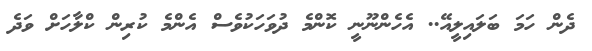
ދެން ހަމަ ބަލައިލީއޭ.. އެހެންނޫނީ ކޮންމެ ދުވަހަކުވެސް އެންމެ ކުރިން ކްލާހަށް ވަދެ